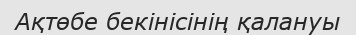
Ақтөбе бекінісінің қалануы